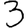
Digit: 3